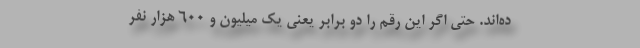
ده‌اند. حتی اگر این رقم را دو برابر یعنی یک میلیون و 600 هزار نفر